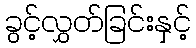
ခွင့်လွှတ်ခြင်းနှင့်